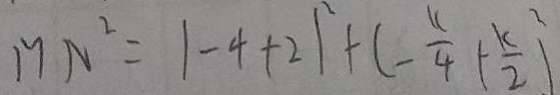
M N ^ { 2 } = \vert - 4 + 2 \vert ^ { 2 } + ( - \frac { 1 1 } { 4 } - \frac { k } { 2 } ) ^ { 2 }